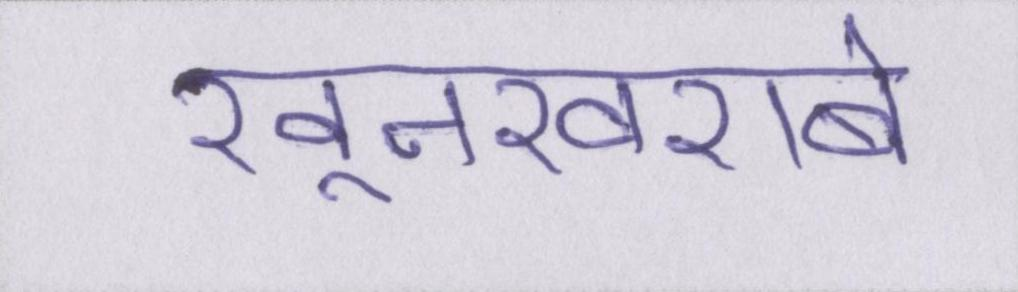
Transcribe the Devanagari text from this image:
खूनखराबे